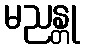
မညန္တု